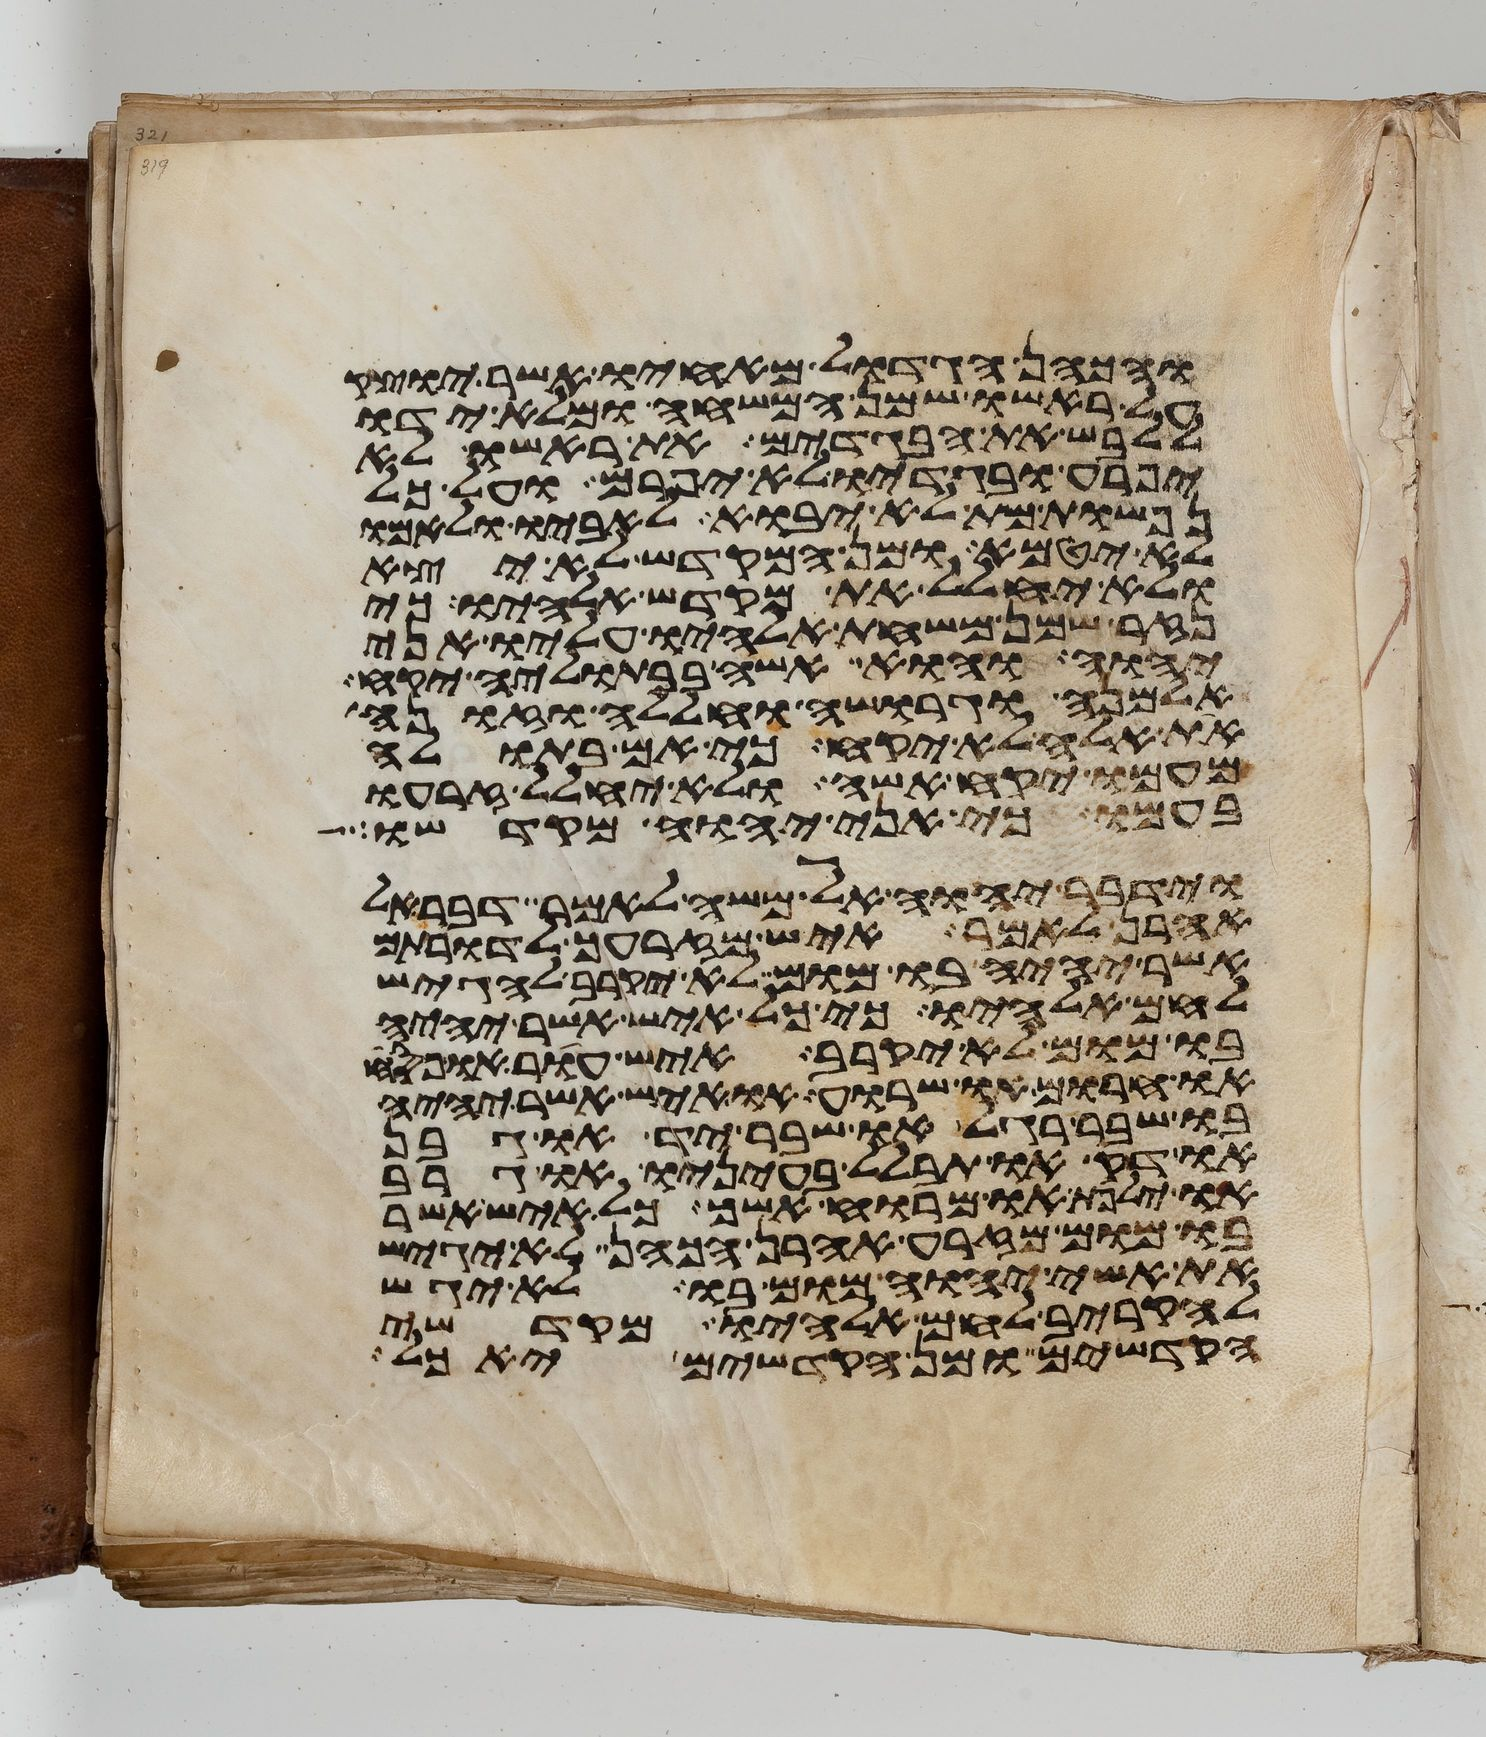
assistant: והכהן הגדול מאחיו אשר יוצק
על ראשו שמן המשחה ומלא ידו
ללבש את הבגדים את ראשו לא
יפרע ובגדיו לא יפרם ועל כל
נפשות מת לא יבוא לאביו ולאמו
לא יטמא ומן המקדש לא יצא
ולא יחלל את מקדש אלהיו כי
נזר שמן משחת אלהיו עליו אני
יהוה והוא אשה בבתוליה יקח
אלמנה וגרושה וחללה וזונה
את אלה לא יקח כי אם בתולה
מעמו יקח אשה ולא יחלל זרעו
בעמו כי אני יהוה מקדשו
וידבר יהוה אל משה לאמר דבר אל
אהרן לאמר איש מזרעך לדרותם
אשר יהיה בו מום לא יקרב להגיש
לחם אלהיו כי כל איש אשר יהיה
בו מום לא יקרב איש עור או פסח
או חרום או שרוע או איש אשר יהיה
בו שבר רגל או שבר יד או גבן
או דק או תבלל בעיניו או גרב
או ילפת או מרוח אשך כל איש אשר
בו מום מזרע אהרן הכהן לא יגיש
את אשי יהוה מום בו לא יגש
להקריב לחם אלהיו מקדשי
הקדשים ומן הקדשים יאכל